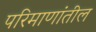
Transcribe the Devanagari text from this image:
परिमाणांतील